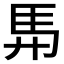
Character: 𮩴